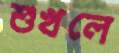
শুখলে